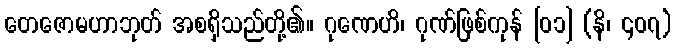
တေဇောမဟာဘုတ် အစရှိသည်တို့၏။ ဂုဏေဟိ၊ ဂုဏ်ဖြစ်ကုန် [၀၁] (နိ၊ ၄၀၇)